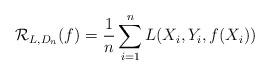
LaTeX: \begin{align*}\mathcal R_{L, D_n} (f) = \frac{1}{n} \sum_{i=1}^n L(X_i, Y_i, f(X_i))\end{align*}